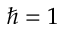
\hbar = 1